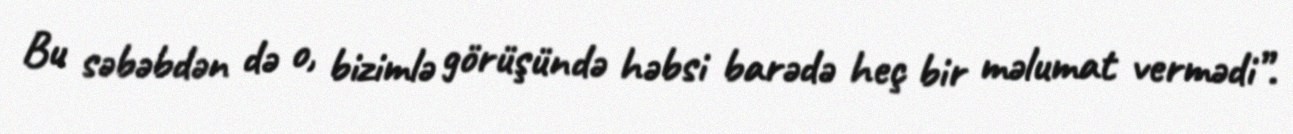
Bu səbəbdən də o, bizimlə görüşündə həbsi barədə heç bir məlumat vermədi”.